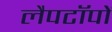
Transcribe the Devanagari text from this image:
लैपटॉपों